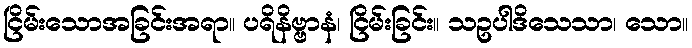
ငြိမ်းသောအခြင်းအရာ။ ပရိနိဗ္ဗာနံ၊ ငြိမ်းခြင်း။ သဥပါဒိသေသာ၊ သော။